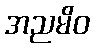
အညမိဝ